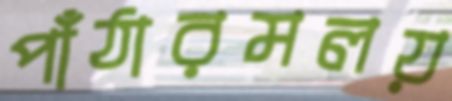
পাঁঠারমলয়